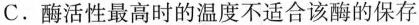
C.酶活性最高时的温度不适合该酶的保存